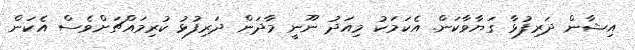
އިޝާން ދަރިފުޅާ ގަޔާވާކަން. އެކަމަކު މިއަދު ނޫނީ މާދަން ދަރިފުޅު ކުރިމައްޗަށްވެސް އެކަން